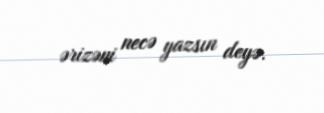
ərizəni necə yazsın deyə.